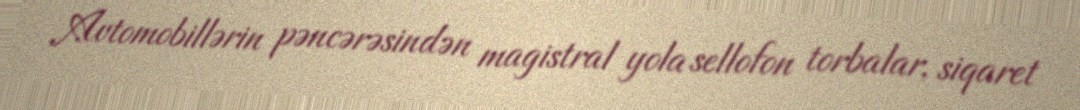
Avtomobillərin pəncərəsindən magistral yola sellofon torbalar, siqaret